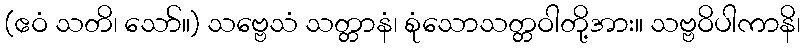
(ဧဝံ သတိ၊ သော်။) သဗ္ဗေသံ သတ္တာနံ၊ စုံသောသတ္တဝါတို့အား။ သဗ္ဗဝိပါကာနိ၊